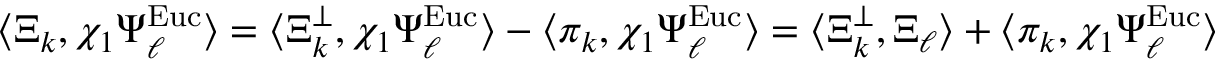
\langle \Xi _ { k } , \chi _ { 1 } \Psi _ { \ell } ^ { \mathrm { E u c } } \rangle = \langle \Xi _ { k } ^ { \perp } , \chi _ { 1 } \Psi _ { \ell } ^ { \mathrm { E u c } } \rangle - \langle \pi _ { k } , \chi _ { 1 } \Psi _ { \ell } ^ { \mathrm { E u c } } \rangle = \langle \Xi _ { k } ^ { \perp } , \Xi _ { \ell } \rangle + \langle \pi _ { k } , \chi _ { 1 } \Psi _ { \ell } ^ { \mathrm { E u c } } \rangle